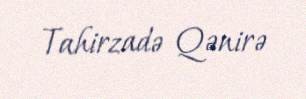
Tahirzadə Qənirə